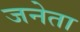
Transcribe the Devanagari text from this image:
जनेता